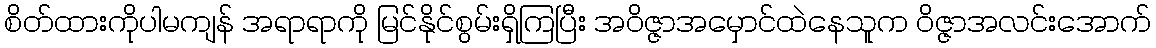
စိတ်ထားကိုပါမကျန် အရာရာကို မြင်နိုင်စွမ်းရှိကြပြီး အဝိဇ္ဇာအမှောင်ထဲနေသူက ဝိဇ္ဇာအလင်းအောက်